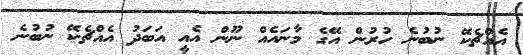
އެއްޗެކޭ ނުބުނެ ހުރުން އޭގެ މާނައެއް ނޫން އެއީ އަބަދު އެއްޗެކޭ ނުބުނެ